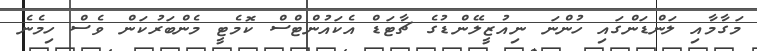
މަގާމާއި ލަންޑަންގައި ހުންނަ ނިއުޒީލޭންޑުގެ ޗާޓަޑް އެކައުންޓްސް ކޮމެޓީ މެންބަރުކަން ވެސް ހިމެނެ